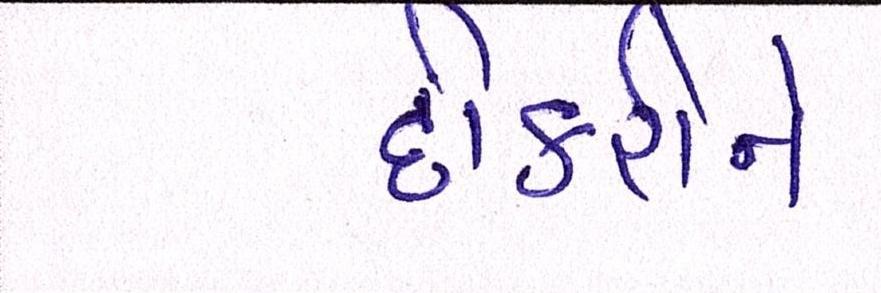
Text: દીકરીને